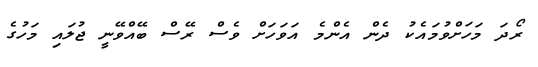
ރޯދަ މަހަށްވުމައެކު ދެން އެންމެ އަވަހަށް ވެސް ރޭސް ބޭއްވޭނީ ޖުލައި މަހުގެ